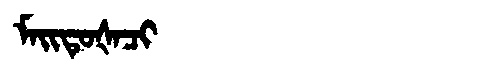
Manchu: ᠮᠠᡳᡨᡠᡧᠠᠴᡳ
Romanization: MAITUŠACI